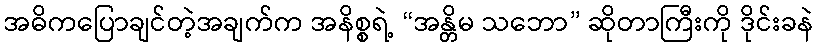
အဓိကပြောချင်တဲ့အချက်က အနိစ္စရဲ့ “အန္တိမ သဘော” ဆိုတာကြီးကို ဒိုင်းခနဲ